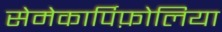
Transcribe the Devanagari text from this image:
सेमेकार्पिफ़ोलिया